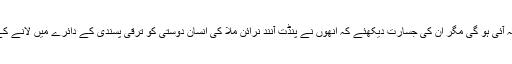
ملّا کے حاشیۂ خیال میں بھی یہ بات کبھی نہ آئی ہو گی مگر ان کی جسارت دیکھئے کہ انھوں نے پنڈت آنند نرائن ملّا کی انسان دوستی کو ترقی پسندی کے دائرے میں لانے کے لئے کس فنکارانہ چابکدستی کا مظاہرہ کیا۔